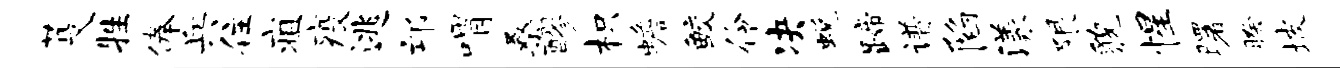
芟牲俸兵住疽疫逃邙喟桑醪枳蟾鲛伶决蜕蹄谱陷漾限貌惺曙暌坡